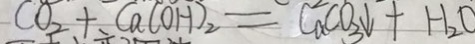
C a _ { 2 } + C a ( O H ) _ { 2 } = C a C O _ { 3 } \downarrow + H _ { 2 } O